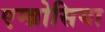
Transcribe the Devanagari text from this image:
एम्ब्रोसिया